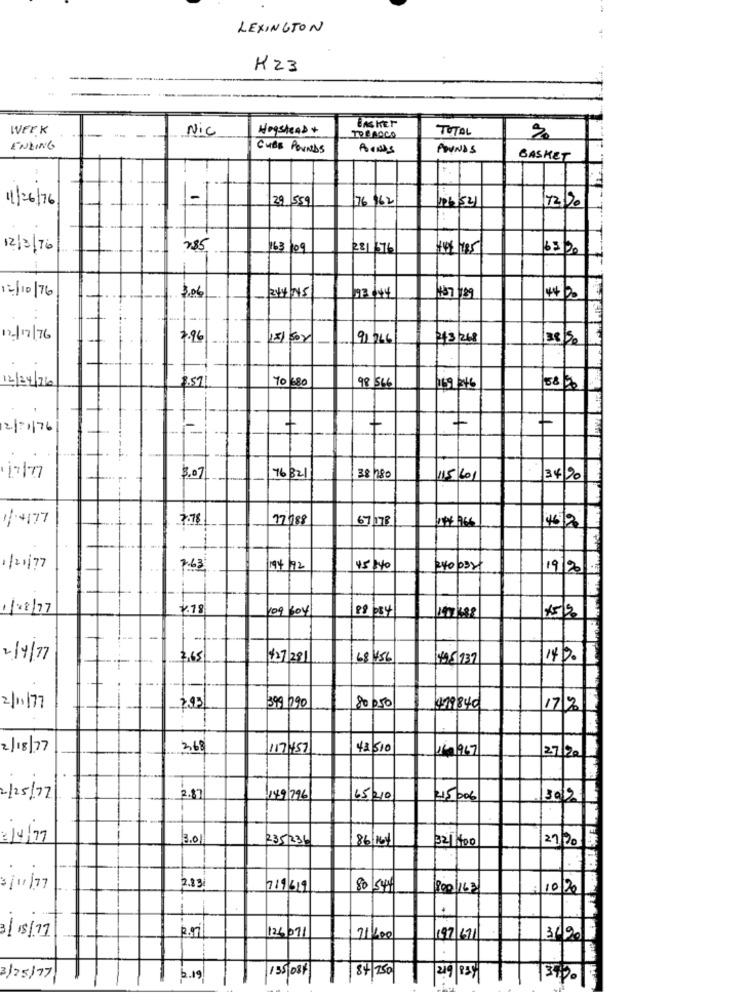
LEXINGTON
K23
WEEK
Nic
Hogshead +
BASKET
TOTAL
-- -
TOBACCO
ENDING
CUBE POUNDS
POUNDS
BASKET
1-
29 559
76 962
123/541
11/26/76
12/30
12/ 3/ 76
7.85
163 109
281 676
405 1985
6300
2/4/05
12/10/76
3.06
437 1:39
12/17/76
7.96
181 502
91 766
213/268
35/50
70 /380
98 566
12/24/760
169/246
18.30
2/1/76
7
+
+
+
1/7/7
3.07
76821
38 280
115/601
34/20
7:78
17988
67/178
46|2
1/21/77
7.63
194/92
45140
2400321
19/2
1/28/77
218
109 604
177388
-
2/4/77
2,65
427281
168 456
445 737
14/2.
2/1 |77
2.95
399 290
80 050
419840
171%
2/18/77
268
117457
43 510
1/9/967
27/20
2/25/77
2.87
149 796
65 210
4500€
30%
2/4/77
13.01
235236
86/16/
32 1400
29/90
3/11/77
2.83
719619
801544
800/163
10/20
.
3/18/11
26/07/
21200
197 671
3/20
155/08/
8+150
3/25/77
2.19
219
3100